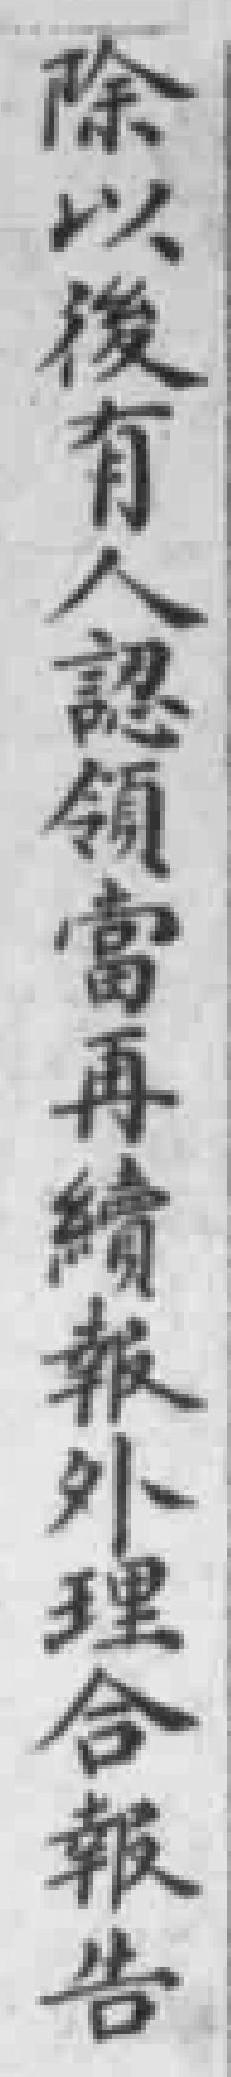
除以後有人認領當再續報外理合報告